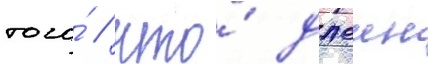
того́ / что́ джеин